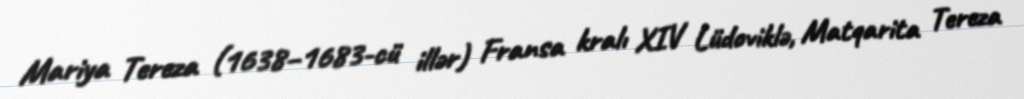
Mariya Tereza (1638–1683-cü illər) Fransa kralı XIV Lüdoviklə, Matqarita Tereza